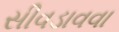
સીવડાવવા